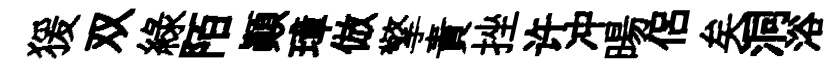
猨双綠陌顛璋倣擎責挫许冲暘侣矣洞浴